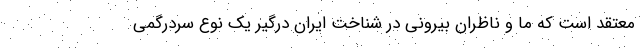
معتقد است که ما و ناظران بیرونی در شناخت ایران درگیر یک نوع سردرگمی